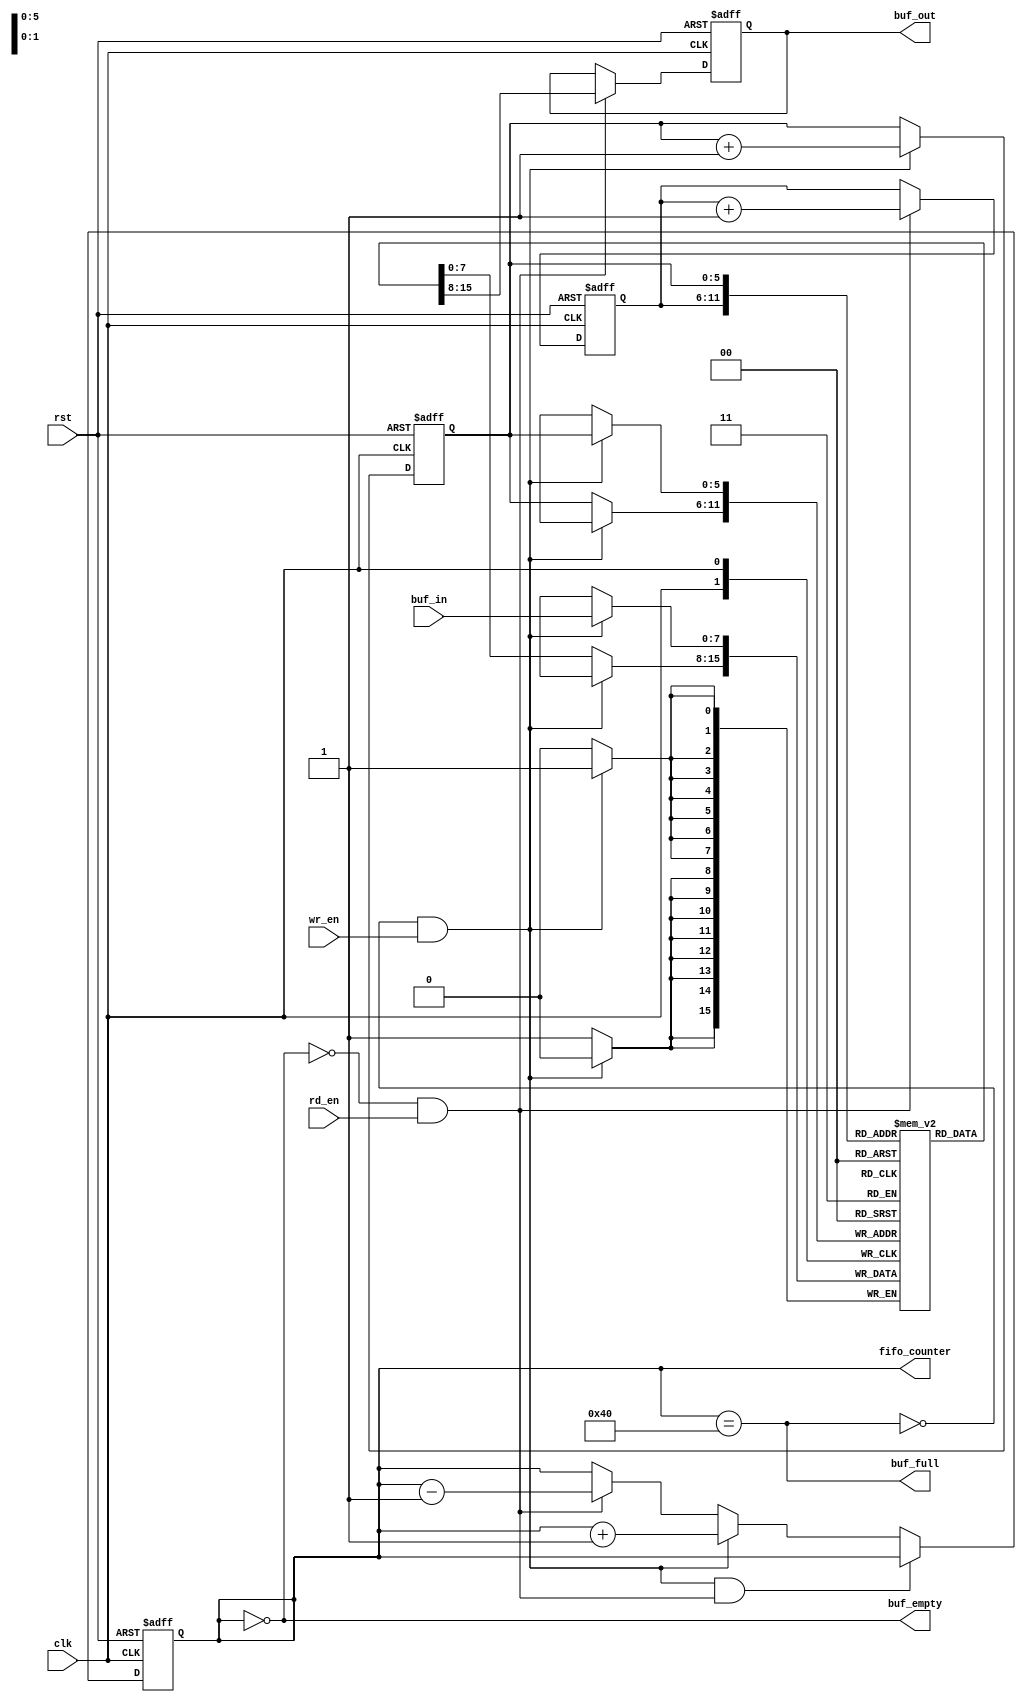
`timescale 1ns / 1ps
module FIFO(clk, rst, wr_en, rd_en, buf_in, buf_out, buf_empty, buf_full, fifo_counter);
input clk, rst, wr_en, rd_en;
input [7:0] buf_in;
output [7:0] buf_out;
output buf_empty, buf_full;
output [6:0] fifo_counter;

reg [7:0] buf_out;
reg buf_empty, buf_full;
reg [6:0] fifo_counter;
reg [5:0] rd_ptr, wr_ptr;
reg [7:0] buf_mem[63:0];

//Status Flag
always@ (fifo_counter) begin
    buf_empty = (fifo_counter == 0); //When counter is 0, buffer is empty
    buf_full = (fifo_counter == 64); //When counter is 64, buffer is full
end

//Set the FIFO counter
always @(posedge clk or posedge rst) begin
    if( rst ) //If reset is active, counter equals 0
        fifo_counter <= 0;
    else if((!buf_full && wr_en) && (!buf_empty && rd_en)) // If you are writing (buffer isn't full) and reading (buffer isn't empty), counter stay constant
        fifo_counter <= fifo_counter;
    else if (!buf_full && wr_en) //If you are writing and the buffer isn't full, counter increase by 1
        fifo_counter <= fifo_counter + 1;
    else if (!buf_empty && rd_en) //If you are reading and the buffer isn't empty, counter decrease by 1
        fifo_counter <= fifo_counter - 1;
    else //Else, hold the FIFO counter
        fifo_counter <= fifo_counter;
end

//Fetch the data from the FIFO
always @(posedge clk or posedge rst) begin
    if (rst) //If reset is active, data out equals 0
        buf_out <= 0;
    else begin
        if (rd_en && !buf_empty)
            buf_out <= buf_mem[rd_ptr];
        else //If the previous is not true, nothing change
            buf_out <= buf_out;
    end
end

//Writing data into the FIFO
always @(posedge clk) begin
    if (!buf_full && wr_en)
        buf_mem[wr_ptr] <= buf_in;
    else
        buf_mem[wr_ptr] <= buf_mem[wr_ptr];
end

//Manage the pointers
always @(posedge clk or posedge rst) begin
    if(rst) begin
        //Initialize the pointers
        wr_ptr <= 0;
        rd_ptr <= 0;
    end
    else begin
        if (!buf_full && wr_en) //If you are writing, the wr_ptr increase
            wr_ptr <= wr_ptr + 1;
        else //Else, nothing happen
            wr_ptr <= wr_ptr;
        if (!buf_empty && rd_en) //If you are reading, the rd_ptr icrease
            rd_ptr <= rd_ptr + 1;
        else //Else, do nothing
            rd_ptr <= rd_ptr;               
    end
end

endmodule